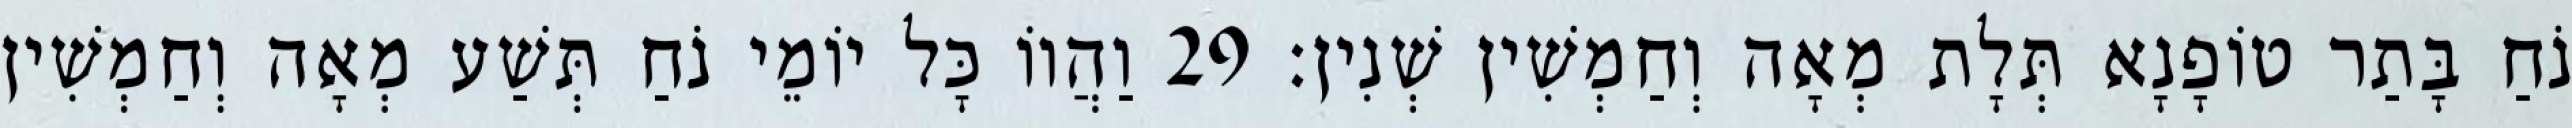
נֹחַ בָּתַר טוֹפָנָא תְּלָת מְאָה וְחַמְשִׁין שְׁנִין׃ 29 וַהֲווֹ כָּל יוֹמֵי נֹחַ תְּשַׁע מְאָה וְחַמְשִׁין